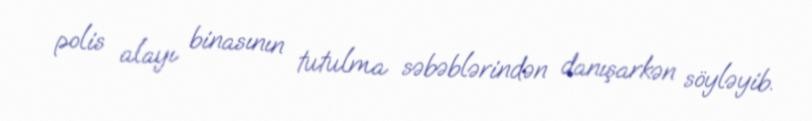
polis alayı binasının tutulma səbəblərindən danışarkən söyləyib.